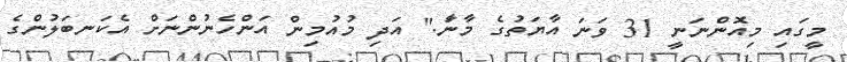
މީގައި މިއޮންނަނީ 31 ވަނަ އާޔަތުގެ މާނަާ." އަދި މުއުމިން އަންހެނުންނަށް އެކަނބަލުންގެ